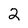
Character: 2